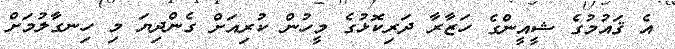
އެ ޤައުމުގެ ޝީއީންގެ ހަޒާރާ ދަރިކޮޅުގެ މީހުން ކުރިއަށް ގެންދިޔަ މި ހިނގާލުމަށް